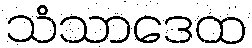
သံသာဒေထ